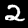
Label: 2